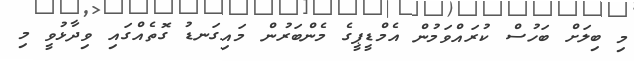
މި ބިލަށް ބަހުސް ކުރައްވަމުން އެމްޑީޕީގެ މެންބަރުން މައިގަނޑު ގޮތެއްގައި ވިދާޅުވީ މި